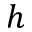
h